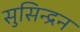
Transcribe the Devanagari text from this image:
सुसिन्द्रन